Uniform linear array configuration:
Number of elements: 16
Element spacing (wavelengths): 1
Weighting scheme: hann
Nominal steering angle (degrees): -15
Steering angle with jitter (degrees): -16.912
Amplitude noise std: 0.05
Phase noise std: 0.05

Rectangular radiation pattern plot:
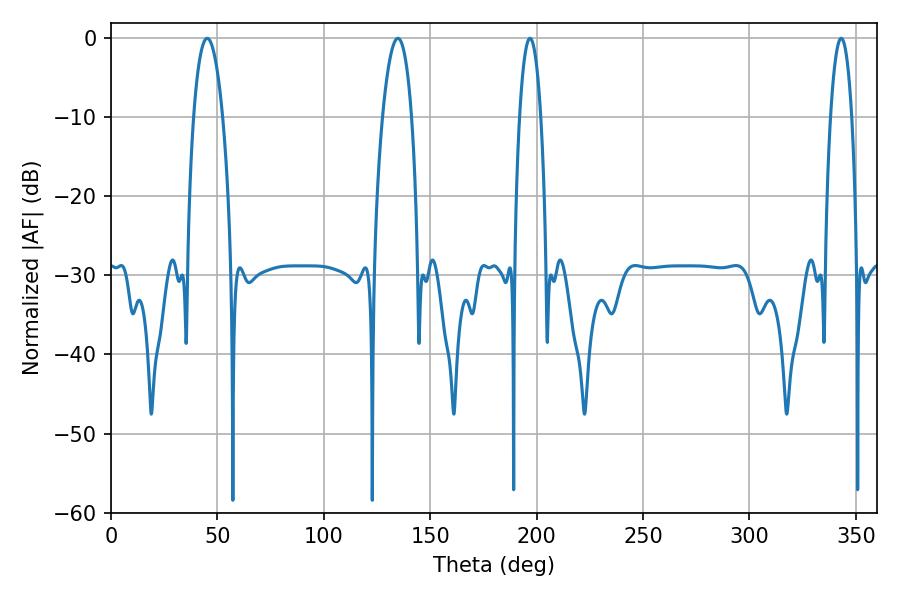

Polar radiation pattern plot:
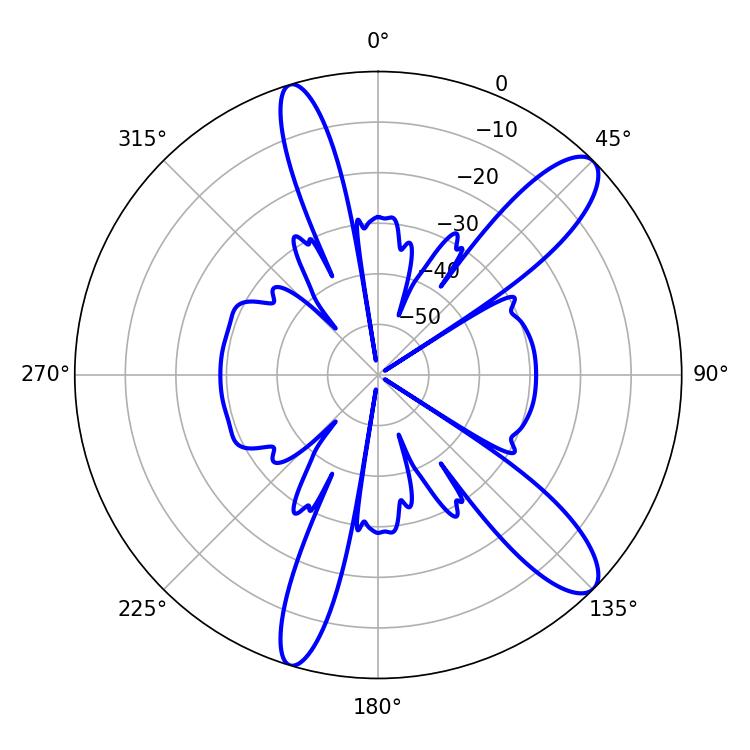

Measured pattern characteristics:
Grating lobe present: TRUE
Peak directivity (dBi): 11.51
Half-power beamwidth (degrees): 7.56
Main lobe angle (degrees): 45.18